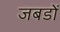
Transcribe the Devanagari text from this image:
जबडों